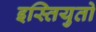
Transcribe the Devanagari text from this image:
इस्तियुतो